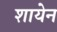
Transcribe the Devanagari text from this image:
शायेन